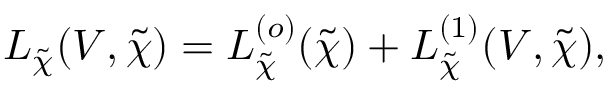
\begin{array} { l } { { \displaystyle { \cal L } _ { \tilde { \chi } } ( V , \tilde { \chi } ) = { \cal L } _ { \tilde { \chi } } ^ { ( o ) } ( { \tilde { \chi } } ) + { \cal L } _ { \tilde { \chi } } ^ { ( 1 ) } ( V , { \tilde { \chi } } ) , } } \end{array}